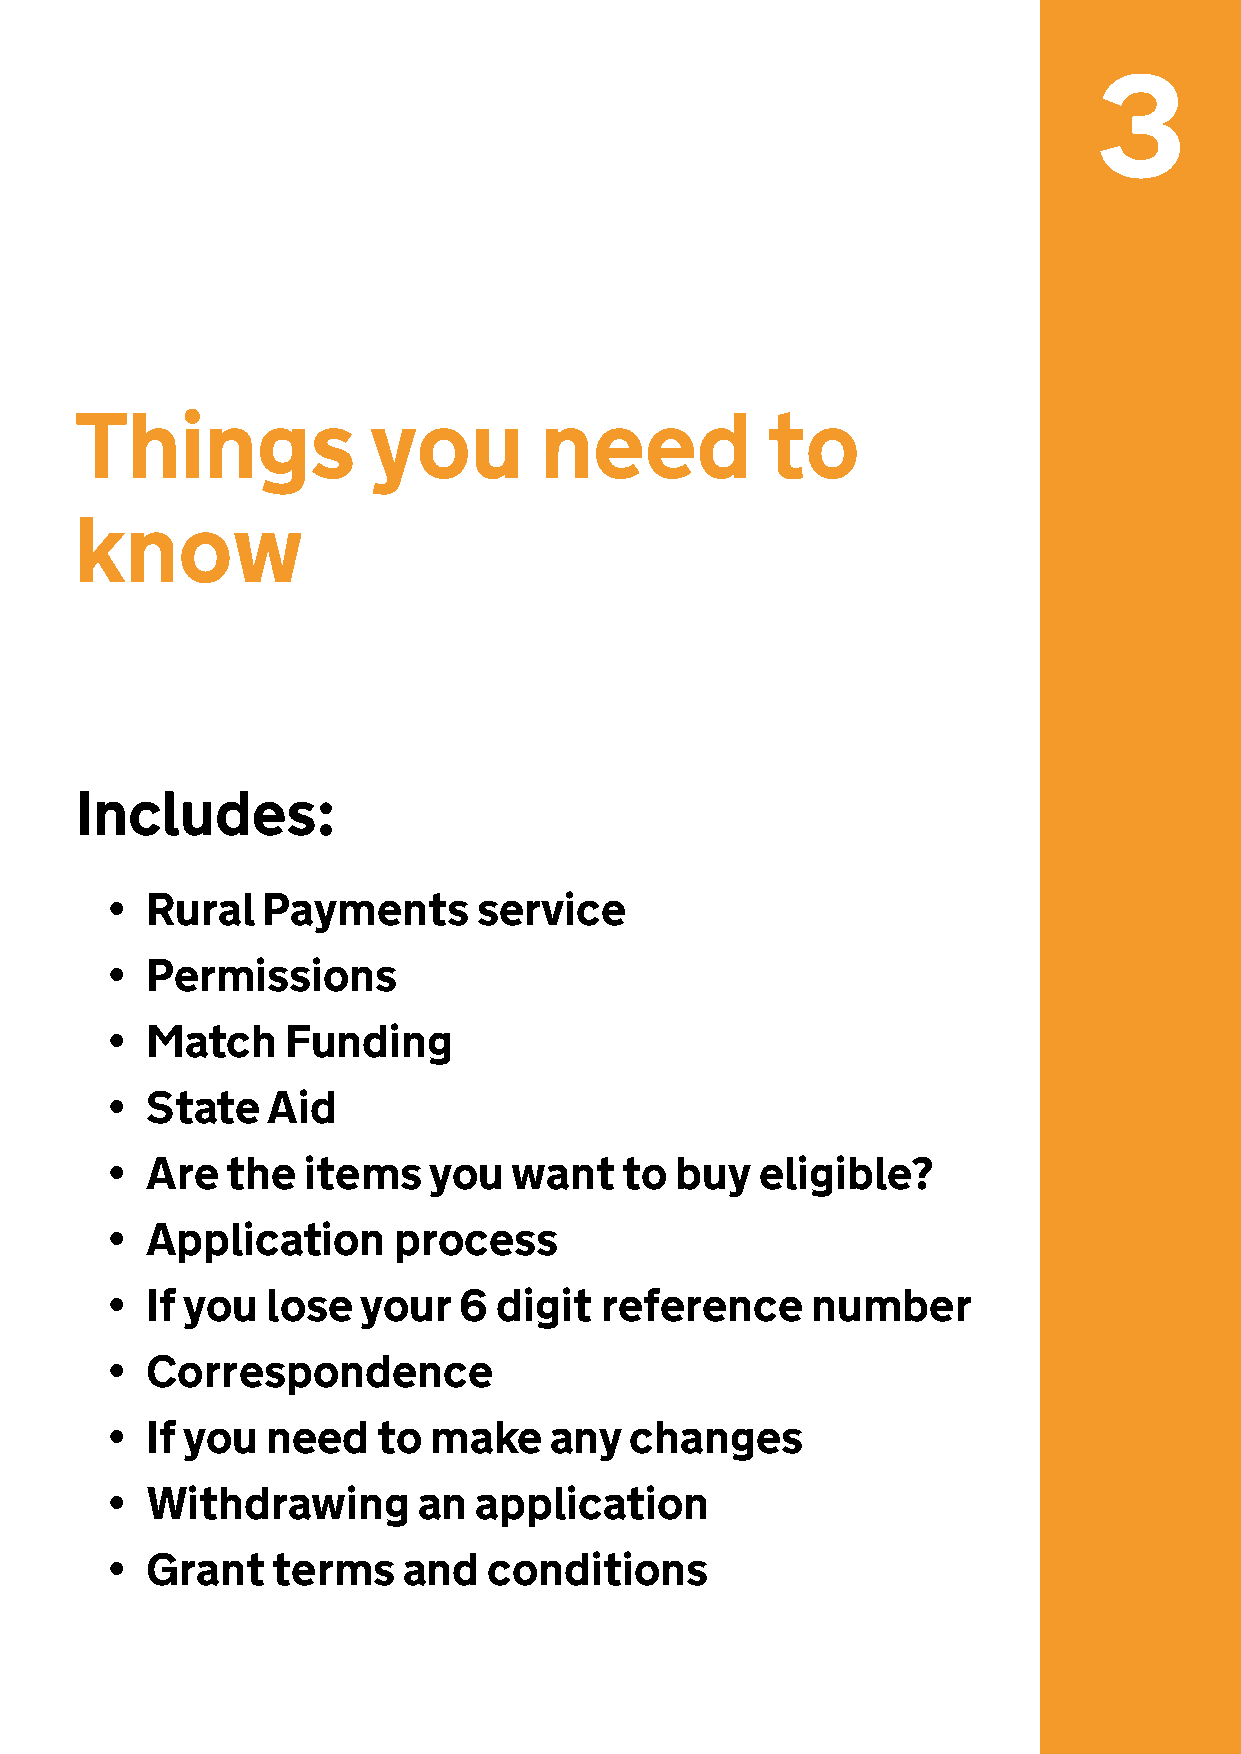
3
 Things             you         need           to
 know
 Includes:
 •  Rural  Payments       service
 •  Permissions
 •  Match    Funding
 •  State   Aid
 •  Are  the  items   you   want   to  buy  eligible?
 •  Application     process
 •  If you  lose  your  6  digit  reference     number
 •  Correspondence
 •  If you  need   to make    any   changes
 •  Withdrawing       an  application
 •  Grant   terms    and  conditions